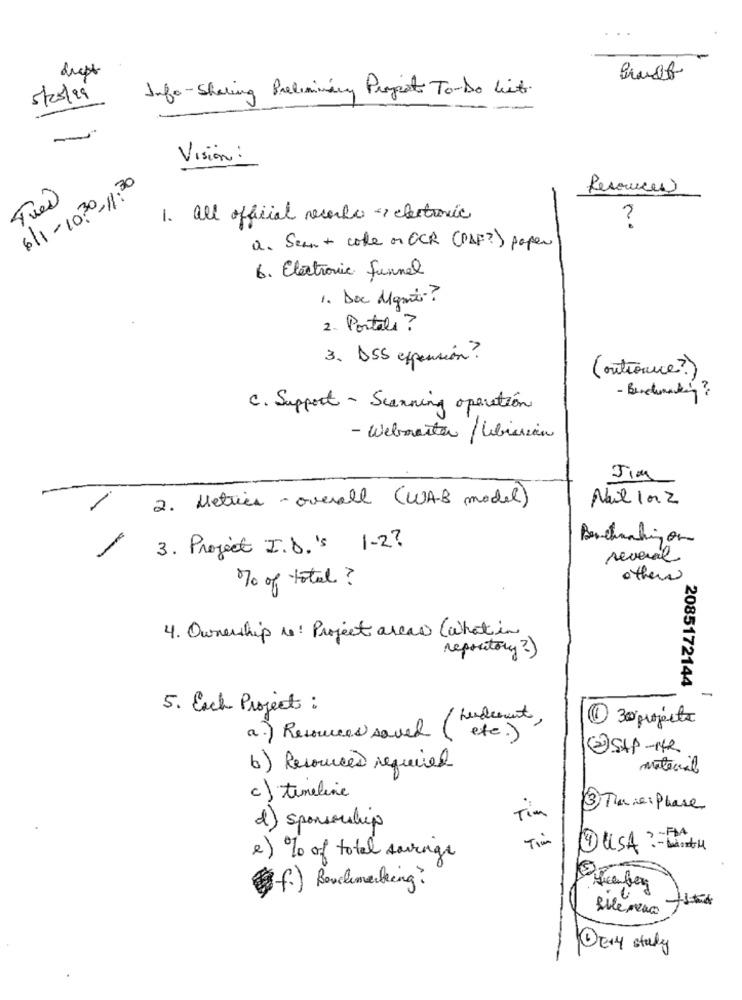
drept
Info -Sharing Preliminary Progest To-Do List.
5/25/19
Vision:
611-10:30-11:30
Resources
1. all official records - electronic
?
a. Sean + code on OCR (PLF?) paper
6. Electronic funnel
1. Doc Mgmx?
2. Portali ?
3. DSS efpension?
(outronice?)
C. Support - Scanning operation
- Webmaster / Libission
Jim
2. Metrics- overall (WAB model)
Nail lorz
Benchmarking on
-
3. Project I .D. 's 1- 2 ?
several
% of total?
others
4. Ownership re: Project areas (what in
repository?)
2085172144
-
5. Each Projects:
henderunt,
1 30 projects
a.) Resources saved ()
etc.)
@ SAP -142
b) Resources required
material
c ) timeline
3 Timie: Phase
Tim
d) sponsorship
Tim
4 USA ?- With
2) % of total savings
(f.) Benchmarking?
DE+4 study